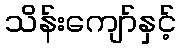
သိန်းကျော်နှင့်